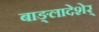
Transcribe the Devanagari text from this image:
बाङ्लादेशेर्